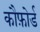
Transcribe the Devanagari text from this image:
कौफ़ोर्ड